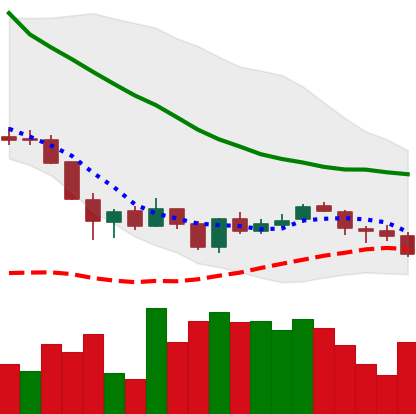
Ticker: LINK-USD
Chart end date: 2018-06-07
Forward return: -25.47%
Label: down_7plus